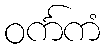
ဝင်္ကကံ